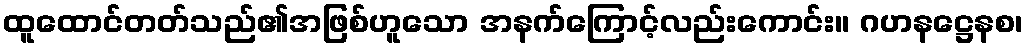
ထူထောင်တတ်သည်၏အဖြစ်ဟူသော အနက်ကြောင့်လည်းကောင်း။ ဂဟနဋ္ဌေနစ၊